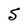
Character: S